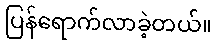
ပြန်ရောက်လာခဲ့တယ်။